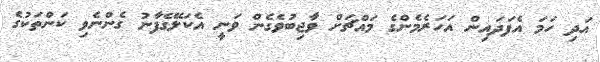
އަދި ހަމަ އެފަދައިން އަހަރެމެންގެ މައްޗަށް ވާޖިބުވެގެން ވަނީ އެކަލޭގެފާނު ގެންނެވި ކަންތަކުގެ